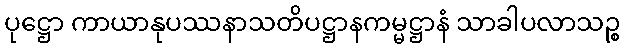
ပုဋ္ဌော ကာယာနုပဿနာသတိပဋ္ဌာနကမ္မဋ္ဌာနံ သာခါပလာသဉ္စ